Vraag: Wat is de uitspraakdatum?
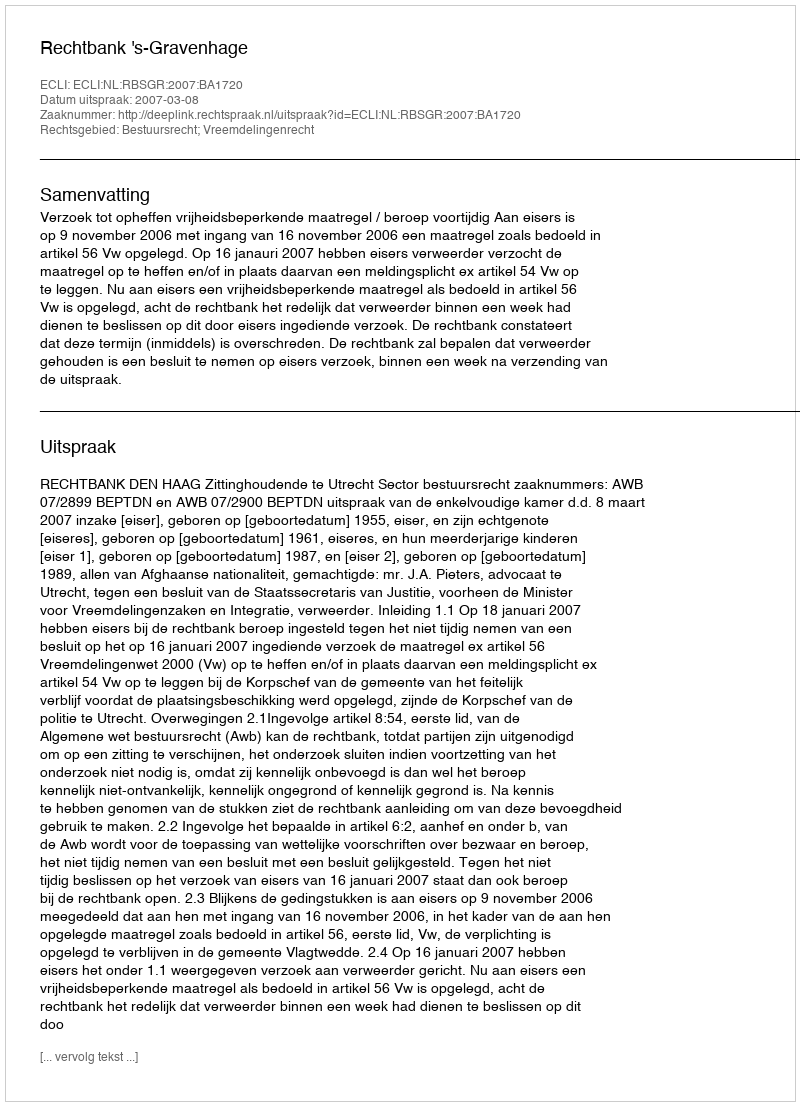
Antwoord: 2007-03-08